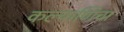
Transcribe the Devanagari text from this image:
कल्याणिचा